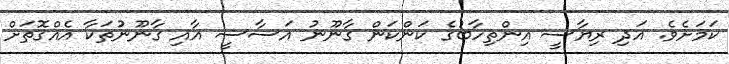
ކަމަށެވެ. އަދި ރިޔާސީ އިންތިހާބުގެ ކަންކަން ގާނޫނު އަސާސީ އާއި ގާނޫނުުތަކާ އެއްގޮތަށް